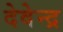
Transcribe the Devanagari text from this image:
देवेेन्द्र